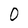
Character: 0